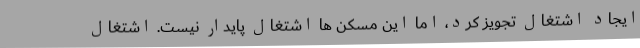
ایجاد اشتغال تجویز کرد، اما این مسکن ها اشتغال پایدار نیست. اشتغال